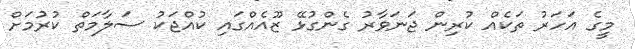
މީގެ އަހަރު ތަކެއް ކުރިން ޖަނަވާރު ގެންގުޅޭ ޒޫއެއްގައި ކުއްޖަކު ސަލާމަތް ކުރުމަށް